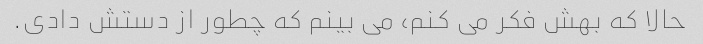
حالا که بهش فکر می کنم، می بینم که چطور از دستش دادی.